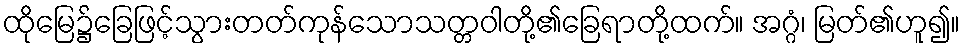
ထိုမြေ၌ခြေဖြင့်သွားတတ်ကုန်သောသတ္တဝါတို့၏ခြေရာတို့ထက်။ အဂ္ဂံ၊ မြတ်၏ဟူ၍။